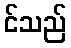
င်သည်